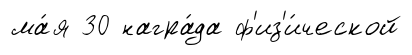
ма́я 30 награ́да ф'из'и́ческой